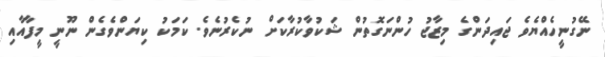
ނޭގުނީހެއްޔެވެ ޖައިދަންގެ މިޒާޖު ހުންނަގޮތުން ޝަކުވާކުރާކަށް ނުކެރުނެވެ. ކަމަކު ކިޔަންވެގެން ނޫނީ މީފާއާއި